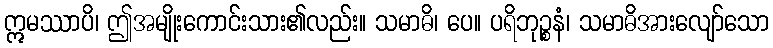
ဣမဿာပိ၊ ဤအမျိုးကောင်းသား၏လည်း။ သမာဓိ၊ ပေ။ ပရိဘုဉ္စနံ၊ သမာဓိအားလျော်သော